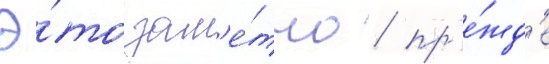
Э́то зам'е́тно / пр'е́жд'е